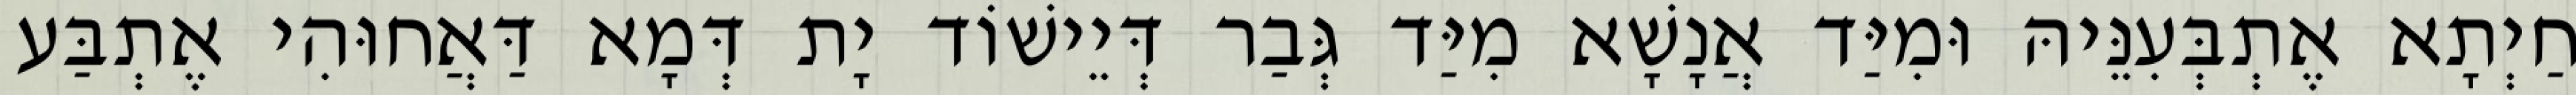
חַיְתָא אֶתְבְּעִנֵּיהּ וּמִיַּד אֲנָשָׁא מִיַּד גְּבַר דְּיֵישׁוֹד יָת דְּמָא דַּאֲחוּהִי אֶתְבַּע